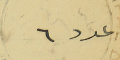
عدد ٦